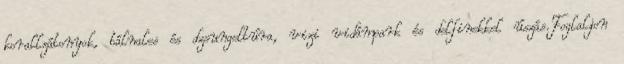
korallzátonyok, bálnales és dzsungeltúra, vizi vidámpark és delfinekkel úszás.Foglaljon